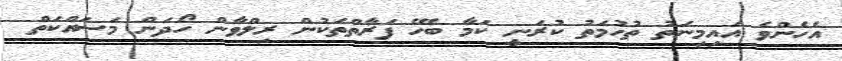
އެހެންވެ އައިމިނަތު ތުހުމަތު ކުރަނީ ކަމާ ބެހޭ ފަރާތްތަކުން ރިލްވާން ހޯދަން މަސައްކަތް